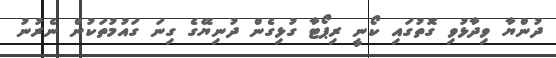
ދުންޔާ ވިދާޅުވި ގޮތުގައި ކޯނީ ރިޕޯޓާ ގުޅިގެން ދުނިޔޭގެ ގިނަ ގައުމުތަކުން ނެރުނު